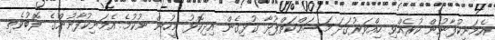
އެމަނިކުފާނުން ކުރެއްވި ހިއްވަރުގަދަ މަސައްކަތްޕުޅާ ގުޅިގެން އިދިކޮޅު މީހުން ނުކުމެ އެމަނިކުފާނުންގެ ލޮބުވެތި